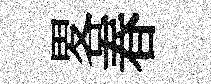
畧春